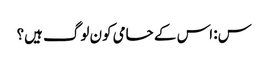
س: اس کے حامی کون لوگ ہیں؟